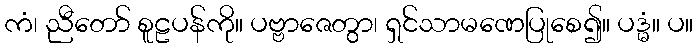
ကံ၊ ညီတော် စူဠပန်ကို။ ပဗ္ဗာဇေတွာ၊ ရှင်သာမဏေပြုစေ၍။ ပဒ္မံ။ ပ။